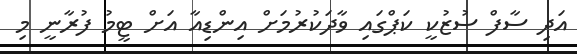
އަދި ސާފް ސުޒުކީ ކަޕްގައި ވާދަކުރުމަށް އިންޑިއާ އަށް ޓީމު ފުރާނީ މި